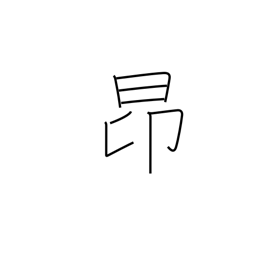
Meaning: rise